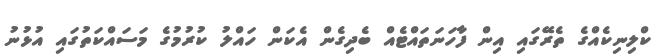
ކްލިނިކެއްގެ ތެރޭގައި އިން ފާހަނަތައްޓެއް ބެދިގެން އެކަން ހައްލު ކުރުމުގެ މަސައްކަތުގައި އުޅުނު